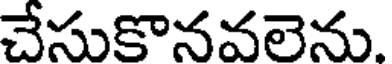
చేసుకొనవలెను.